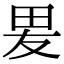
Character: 𭺿